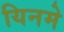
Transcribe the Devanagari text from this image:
यिनमे